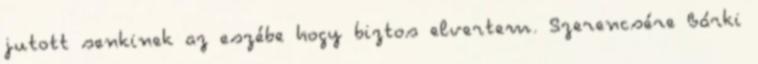
jutott senkinek az eszébe hogy biztos elvertem. Szerencsére Bárki